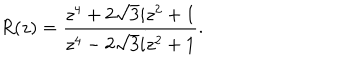
R ( z ) = \frac { z ^ { 4 } + 2 \sqrt { 3 } i z ^ { 2 } + 1 } { z ^ { 4 } - 2 \sqrt { 3 } i z ^ { 2 } + 1 } .